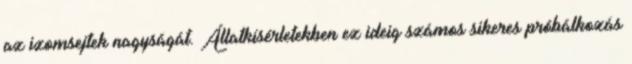
az izomsejtek nagyságát. Állatkísérletekben ez ideig számos sikeres próbálkozás